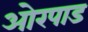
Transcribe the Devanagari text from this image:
ओरपाड